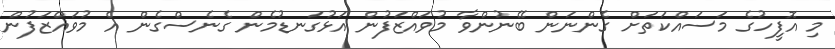
މި އޮފީހުގެ މަސައްކަތަށް ގެންނަން ބޭނުންވާ މުވައްޒަފުން އަޅުގަނޑުމެން ގެނެސްގެން އެ މުވައްޒަފުން